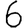
Digit: 6